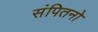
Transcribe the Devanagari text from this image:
संपितनो